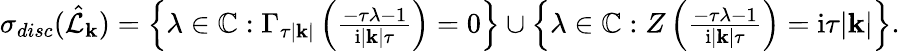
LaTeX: \begin{array}{r}{\sigma_{disc}(\hat{\mathcal{L}}_{\mathbf{k}})=\left\{ \lambda\in\mathbb{C}:\Gamma_{\tau|\mathbf{k}|}\left(\frac{-\tau\lambda-1}{\mathrm{i}|\mathbf{k}|\tau}\right)=0\right\} \cup\left\{ \lambda\in\mathbb{C}:Z\left(\frac{-\tau\lambda-1}{\mathrm{i}|\mathbf{k}|\tau}\right)=\mathrm{i}\tau|\mathbf{k}|\right\} .}\end{array}